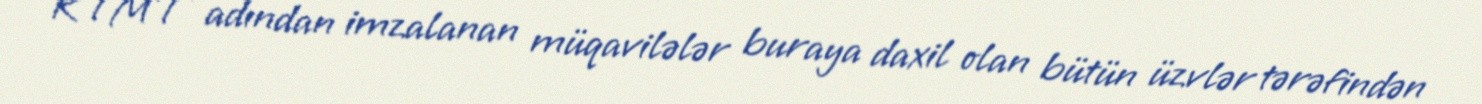
KTMT adından imzalanan müqavilələr buraya daxil olan bütün üzvlər tərəfindən